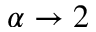
\alpha \to 2